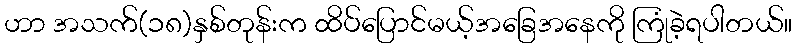
ဟာ အသက်(၁၈)နှစ်တုန်းက ထိပ်ပြောင်မယ့်အခြေအနေကို ကြုံခဲ့ရပါတယ်။